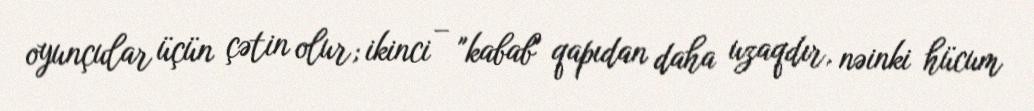
oyunçular üçün çətin olur; ikinci – "kabab" qapıdan daha uzaqdır, nəinki hücum